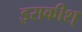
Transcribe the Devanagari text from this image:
इसकीश्